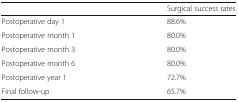
|  | Surgical success rates |
 | --- | --- |
 | Postoperative day 1 | 88.6% |
 | Postoperative month 1 | 80.0% |
 | Postoperative month 3 | 80.0% |
 | Postoperative month 6 | 80.0% |
 | Postoperative year 1 | 72.7% |
 | Final follow-up | 65.7% |